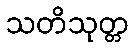
သတိသုတ္တ